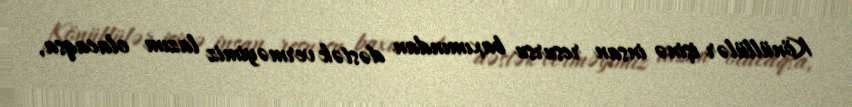
Könüllülər işinə insan resursu baxımından dəstək verməyimiz lazım olacaqsa,